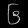
Digit: ၆